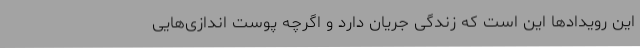
این رویدادها این است که زندگی جریان دارد و اگرچه پوست اندازی‌هایی